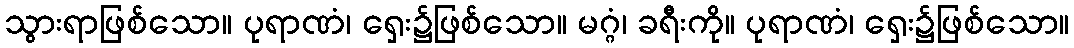
သွားရာဖြစ်သော။ ပုရာဏံ၊ ရှေး၌ဖြစ်သော။ မဂ္ဂံ၊ ခရီးကို။ ပုရာဏံ၊ ရှေး၌ဖြစ်သော။